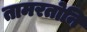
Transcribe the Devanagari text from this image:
तामरतोनि